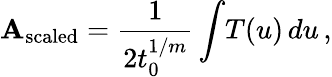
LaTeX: {\cal\mathbf{A}}_{\mathrm{{scaled}}}={\frac{{1}}{{2t_{0}^{1/m}}}}\int\! T(u)\, du\, ,